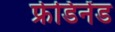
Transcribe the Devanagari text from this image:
फ्रेडिनेंड